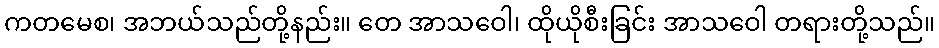
ကတမေစ၊ အဘယ်သည်တို့နည်း။ တေ အာသဝေါ၊ ထိုယိုစီးခြင်း အာသဝေါ တရားတို့သည်။